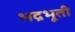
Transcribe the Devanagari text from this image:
भद्रभूती